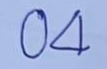
04